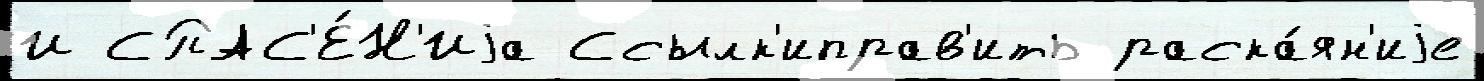
И СПАС'Е́Н'Иjа Ссылк'иправ'ить раска́ян'иjе